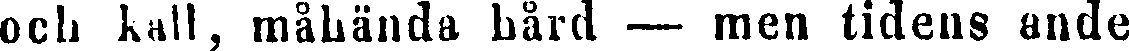
och kall, måhända hård — men tidens ande